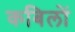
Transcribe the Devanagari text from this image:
कबिलों